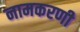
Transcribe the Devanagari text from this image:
नामकरणी